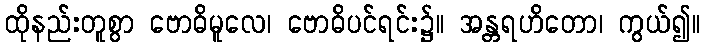
ထိုနည်းတူစွာ ဗောဓိမူလေ၊ ဗောဓိပင်ရင်း၌။ အန္တရဟိတော၊ ကွယ်၍။